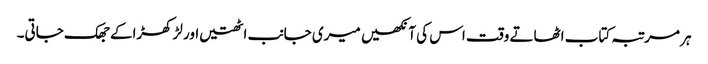
ہر مرتبہ کتاب اٹھاتے وقت اس کی آنکھیں میری جانب اٹھتیں اور لڑکھڑاکے جھک جاتی۔